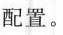
配置。